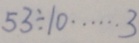
5 3 \div 1 0 \cdots 3